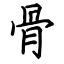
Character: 骨